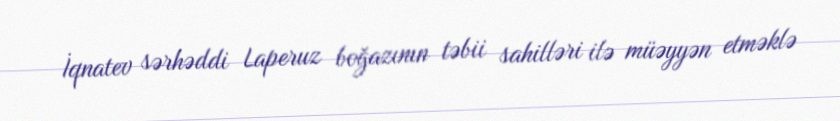
İqnatev sərhəddi Laperuz boğazının təbii sahilləri ilə müəyyən etməklə